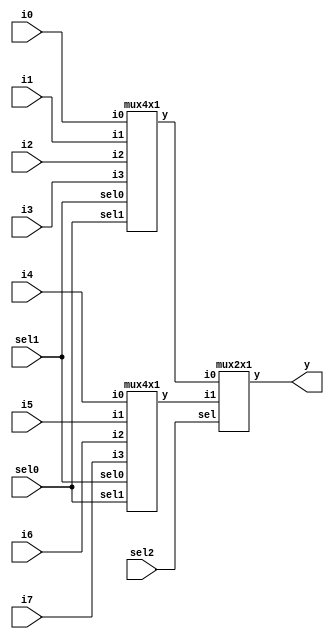
`timescale 1ns / 1ps
//implement a 8x1 mux using 4x1 and 2x1... 4x1 and 2x1 mux should be developed using behavioural style using scalar input.

module mux8x1_4x1_2x1(i0,i1,i2,i3,i4,i5,i6,i7,sel0,sel1,sel2,y);
input i0,i1,i2,i3,i4,i5,i6,i7;
input sel0,sel1,sel2;
output y;
wire w1,w2;
mux4x1 mux1(i0,i1,i2,i3,sel1,sel0,w1);
mux4x1 mux2(i4,i5,i6,i7,sel1,sel0,w2);
mux2x1 mux3(w1,w2,sel2,y);
endmodule

module mux4x1(i0,i1,i2,i3,sel0,sel1,y);
input i0,i1,i2,i3;
input sel0,sel1;
output reg y;
always @(i0 or i1 or i2 or i3 or sel0 or sel1)
begin
case({sel0,sel1})
    2'b00: y = i0;
	2'b01: y = i1;
	2'b10: y = i2;
    2'b11: y = i3;
endcase
end	 

endmodule
module mux2x1(i0,i1,sel,y);
input i0,i1;
input sel;
output reg y;

always @(i0 or i1 or sel) begin
if(sel)
    y=i1;
else
    y=i0;
end	
endmodule